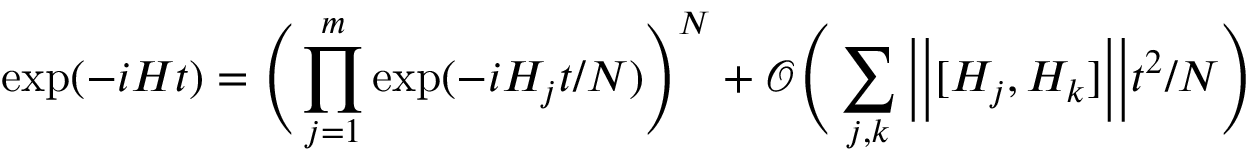
\exp ( - i H t ) = \Bigg ( \prod _ { j = 1 } ^ { m } \exp ( - i H _ { j } t / N ) \Bigg ) ^ { N } + \mathcal { O } \Bigg ( \sum _ { j , k } \bigg \vert \bigg \vert [ H _ { j } , H _ { k } ] \bigg \vert \bigg \vert t ^ { 2 } / N \Bigg )